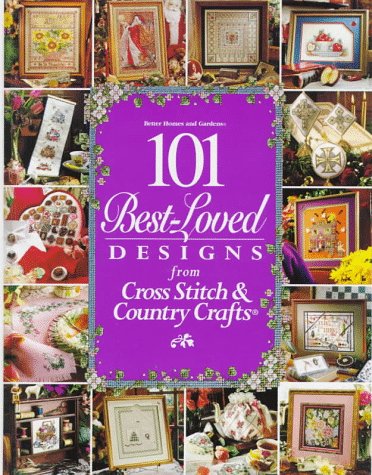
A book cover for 101 Best-Loved Designs from Cross Stitch & Country Crafts; Crafts, Hobbies & Home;